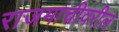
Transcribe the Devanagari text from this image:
राजमाचीवरील